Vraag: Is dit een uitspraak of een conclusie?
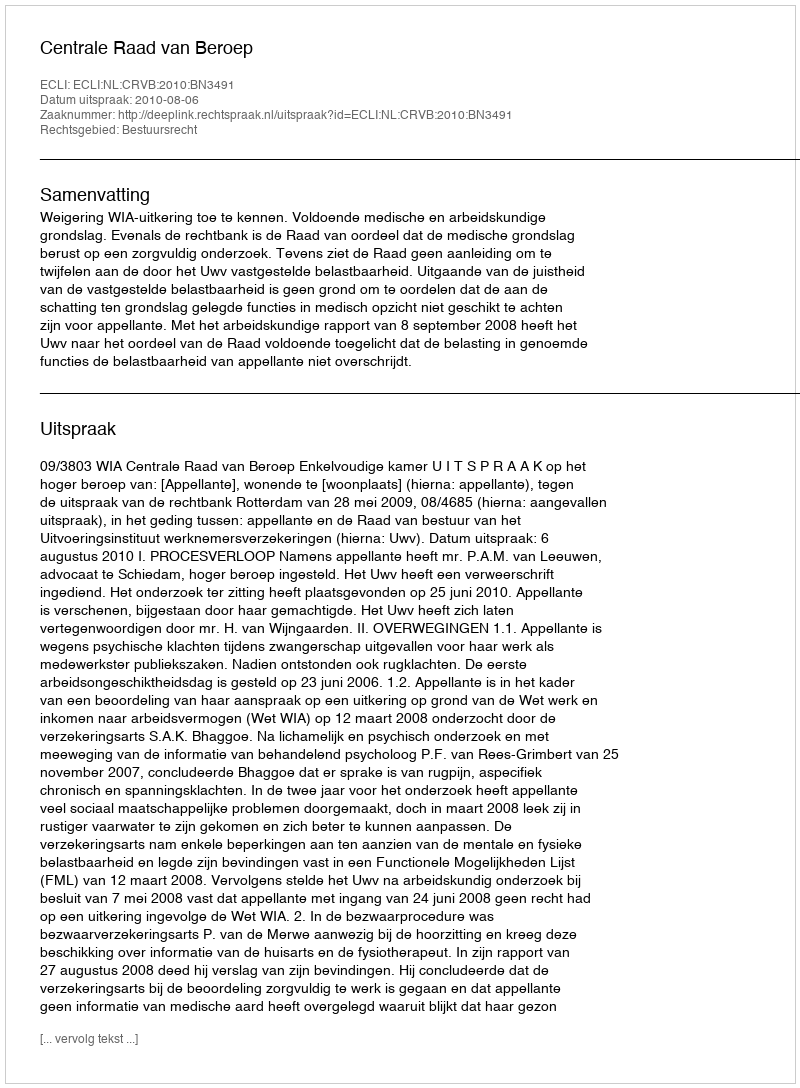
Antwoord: Uitspraak